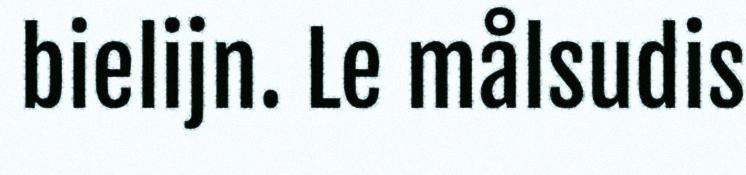
bielijn. Le målsudis